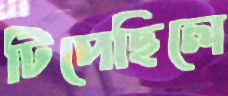
টিপেছিলে